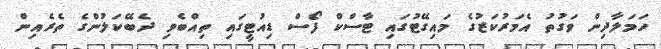
ހަމަލާދިން ވަގުތު އެމަރުކަޒުގެ މައިގޭޓުގައި ޓާސްކް ފޯސް ޑިއުޓީގައި ތިއްބެވި ދެބޭކަލުންގެ ތެރެއިން